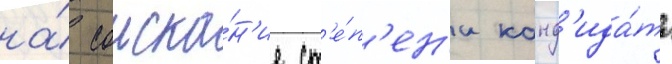
на́ соиска́н'ие ст'е́п'ен'и канд'ида́та